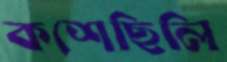
কশেছিলি